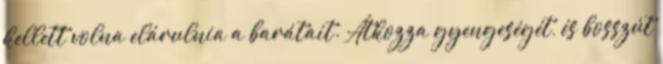
kellett volna elárulnia a barátait. Átkozza gyengeségét, és bosszút